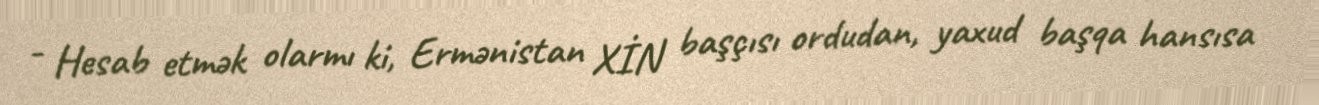
- Hesab etmək olarmı ki, Ermənistan XİN başçısı ordudan, yaxud başqa hansısa